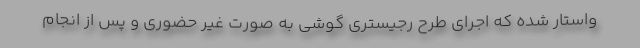
واستار شده که اجرای طرح رجیستری گوشی به صورت غیر حضوری و پس از انجام